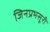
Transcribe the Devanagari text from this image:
जिनप्रभसूरी